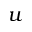
u